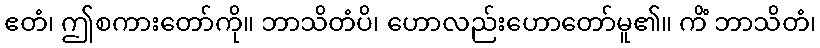
ဧတံ၊ ဤစကားတော်ကို။ ဘာသိတံပိ၊ ဟောလည်းဟောတော်မူ၏။ ကိံ ဘာသိတံ၊